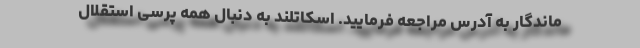
ماندگار به آدرس مراجعه فرمایید. اسکاتلند به دنبال همه پرسی استقلال